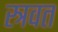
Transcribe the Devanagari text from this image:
स्त्रवत